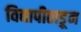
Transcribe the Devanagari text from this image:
विद्यापीठाडून